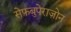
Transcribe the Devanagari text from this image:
सेफ़बुपेराज़ोन